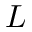
L